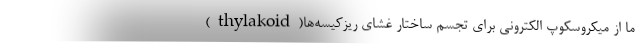
ما از میکروسکوپ الکترونی برای تجسم ساختار غشای ریزکیسه‌ها(thylakoid)